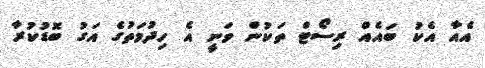
އެއާ އެކު ބައެއް ރިސޯޓް ތަކުން ވަނީ އެ ހިދުމަތުގެ އަގު ބޮޑުކުރާ